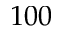
1 0 0